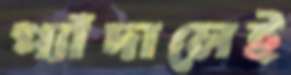
প্যাঁদালেই